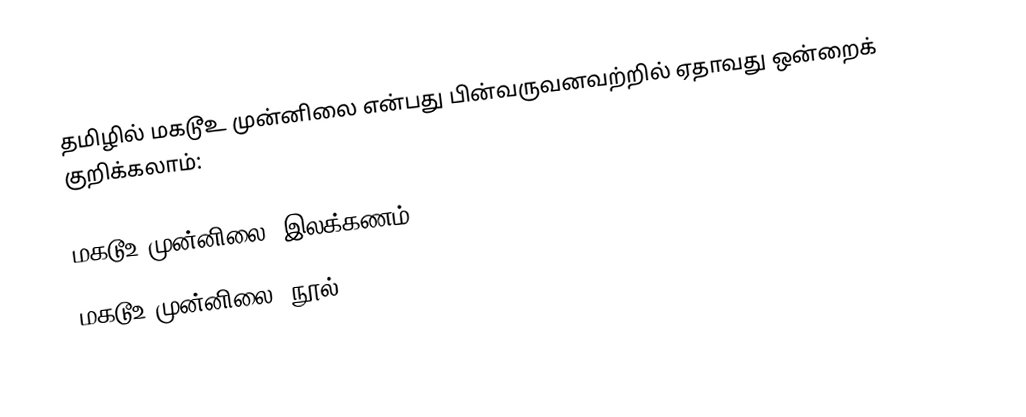
தமிழில் மகடூஉ முன்னிலை என்பது பின்வருவனவற்றில் ஏதாவது ஒன்றைக் குறிக்கலாம்:

 மகடூஉ முன்னிலை (இலக்கணம்)
 மகடூஉ முன்னிலை (நூல்)